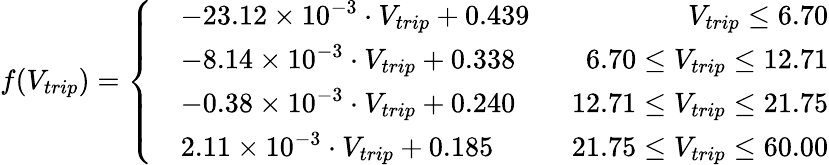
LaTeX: f(V_{trip})=\left\{ \begin{array}{ll}{\begin{array}{rlr}&{-23.12\times 10^{-3}\cdot V_{trip}+0.439}&{\ \ V_{trip}\leq 6.70}\\ &{-8.14\times 10^{-3}\cdot V_{trip}+0.338}&{\ \ 6.70\leq V_{trip}\leq 12.71}\\ &{-0.38\times 10^{-3}\cdot V_{trip}+0.240}&{\ \ 12.71\leq V_{trip}\leq 21.75}\\ &{2.11\times 10^{-3}\cdot V_{trip}+0.185}&{\ \ 21.75\leq V_{trip}\leq 60.00}\end{array}}\end{array}\right.